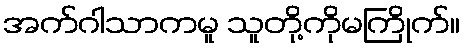
အက်ဂါသာကမူ သူတို့ကိုမကြိုက်။